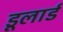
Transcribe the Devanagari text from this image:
डूलार्ड